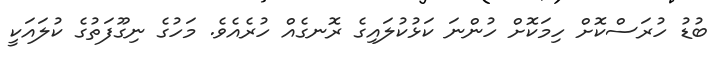
ބުޑު ހުރަސްކޮށް ހިމަކޮށް ހުންނަ ކަޅުކުލައިގެ ރޮނގެއް ހުރެެއެވެ. މަހުގެ ނިގޫފަތުގެ ކުލައަކީ